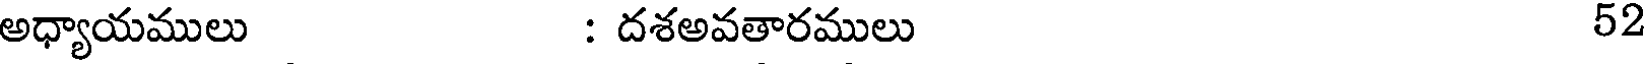
అధ్యాయములు : దశఅవతారములు 52